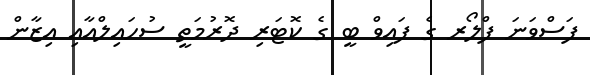
ފަސްވަނަ ފްލޯރ ގެ ފައިވް ބީ ގެ ކޮޓަރި ދޮރުމަތީ ސުހައިލްއާއި އިޒާން